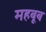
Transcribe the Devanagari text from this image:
महबूब